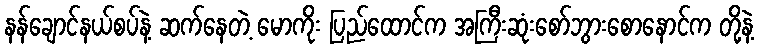
နန်ချောင်နယ်စပ်နဲ့ ဆက်နေတဲ့ မောကိုး ပြည်ထောင်က အကြီးဆုံးစော်ဘွားစောနောင်က တို့နဲ့